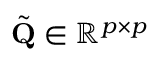
\tilde { \mathbf { Q } } \in \mathbb { R } ^ { p \times p }